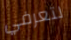
لتعرفي